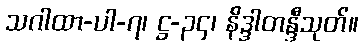
သဂါထာ-ပါ-၇၊ ဋ္ဌ-၃၄၊ နိဒ္ဒါတန္ဒီသုတ်။